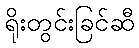
ရိုးတွင်းခြင်ဆီ